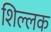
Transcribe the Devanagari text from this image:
शिल्‍लक